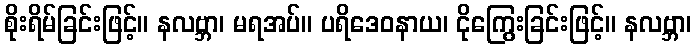
စိုးရိမ်ခြင်းဖြင့်။ နလဗ္ဘာ၊ မရအပ်။ ပရိဒေဝနာယ၊ ငိုကြွေးခြင်းဖြင့်။ နလဗ္ဘာ၊